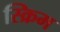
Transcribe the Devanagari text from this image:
स्क्रिम